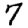
Digit: 7